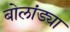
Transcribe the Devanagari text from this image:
बोलांड्या